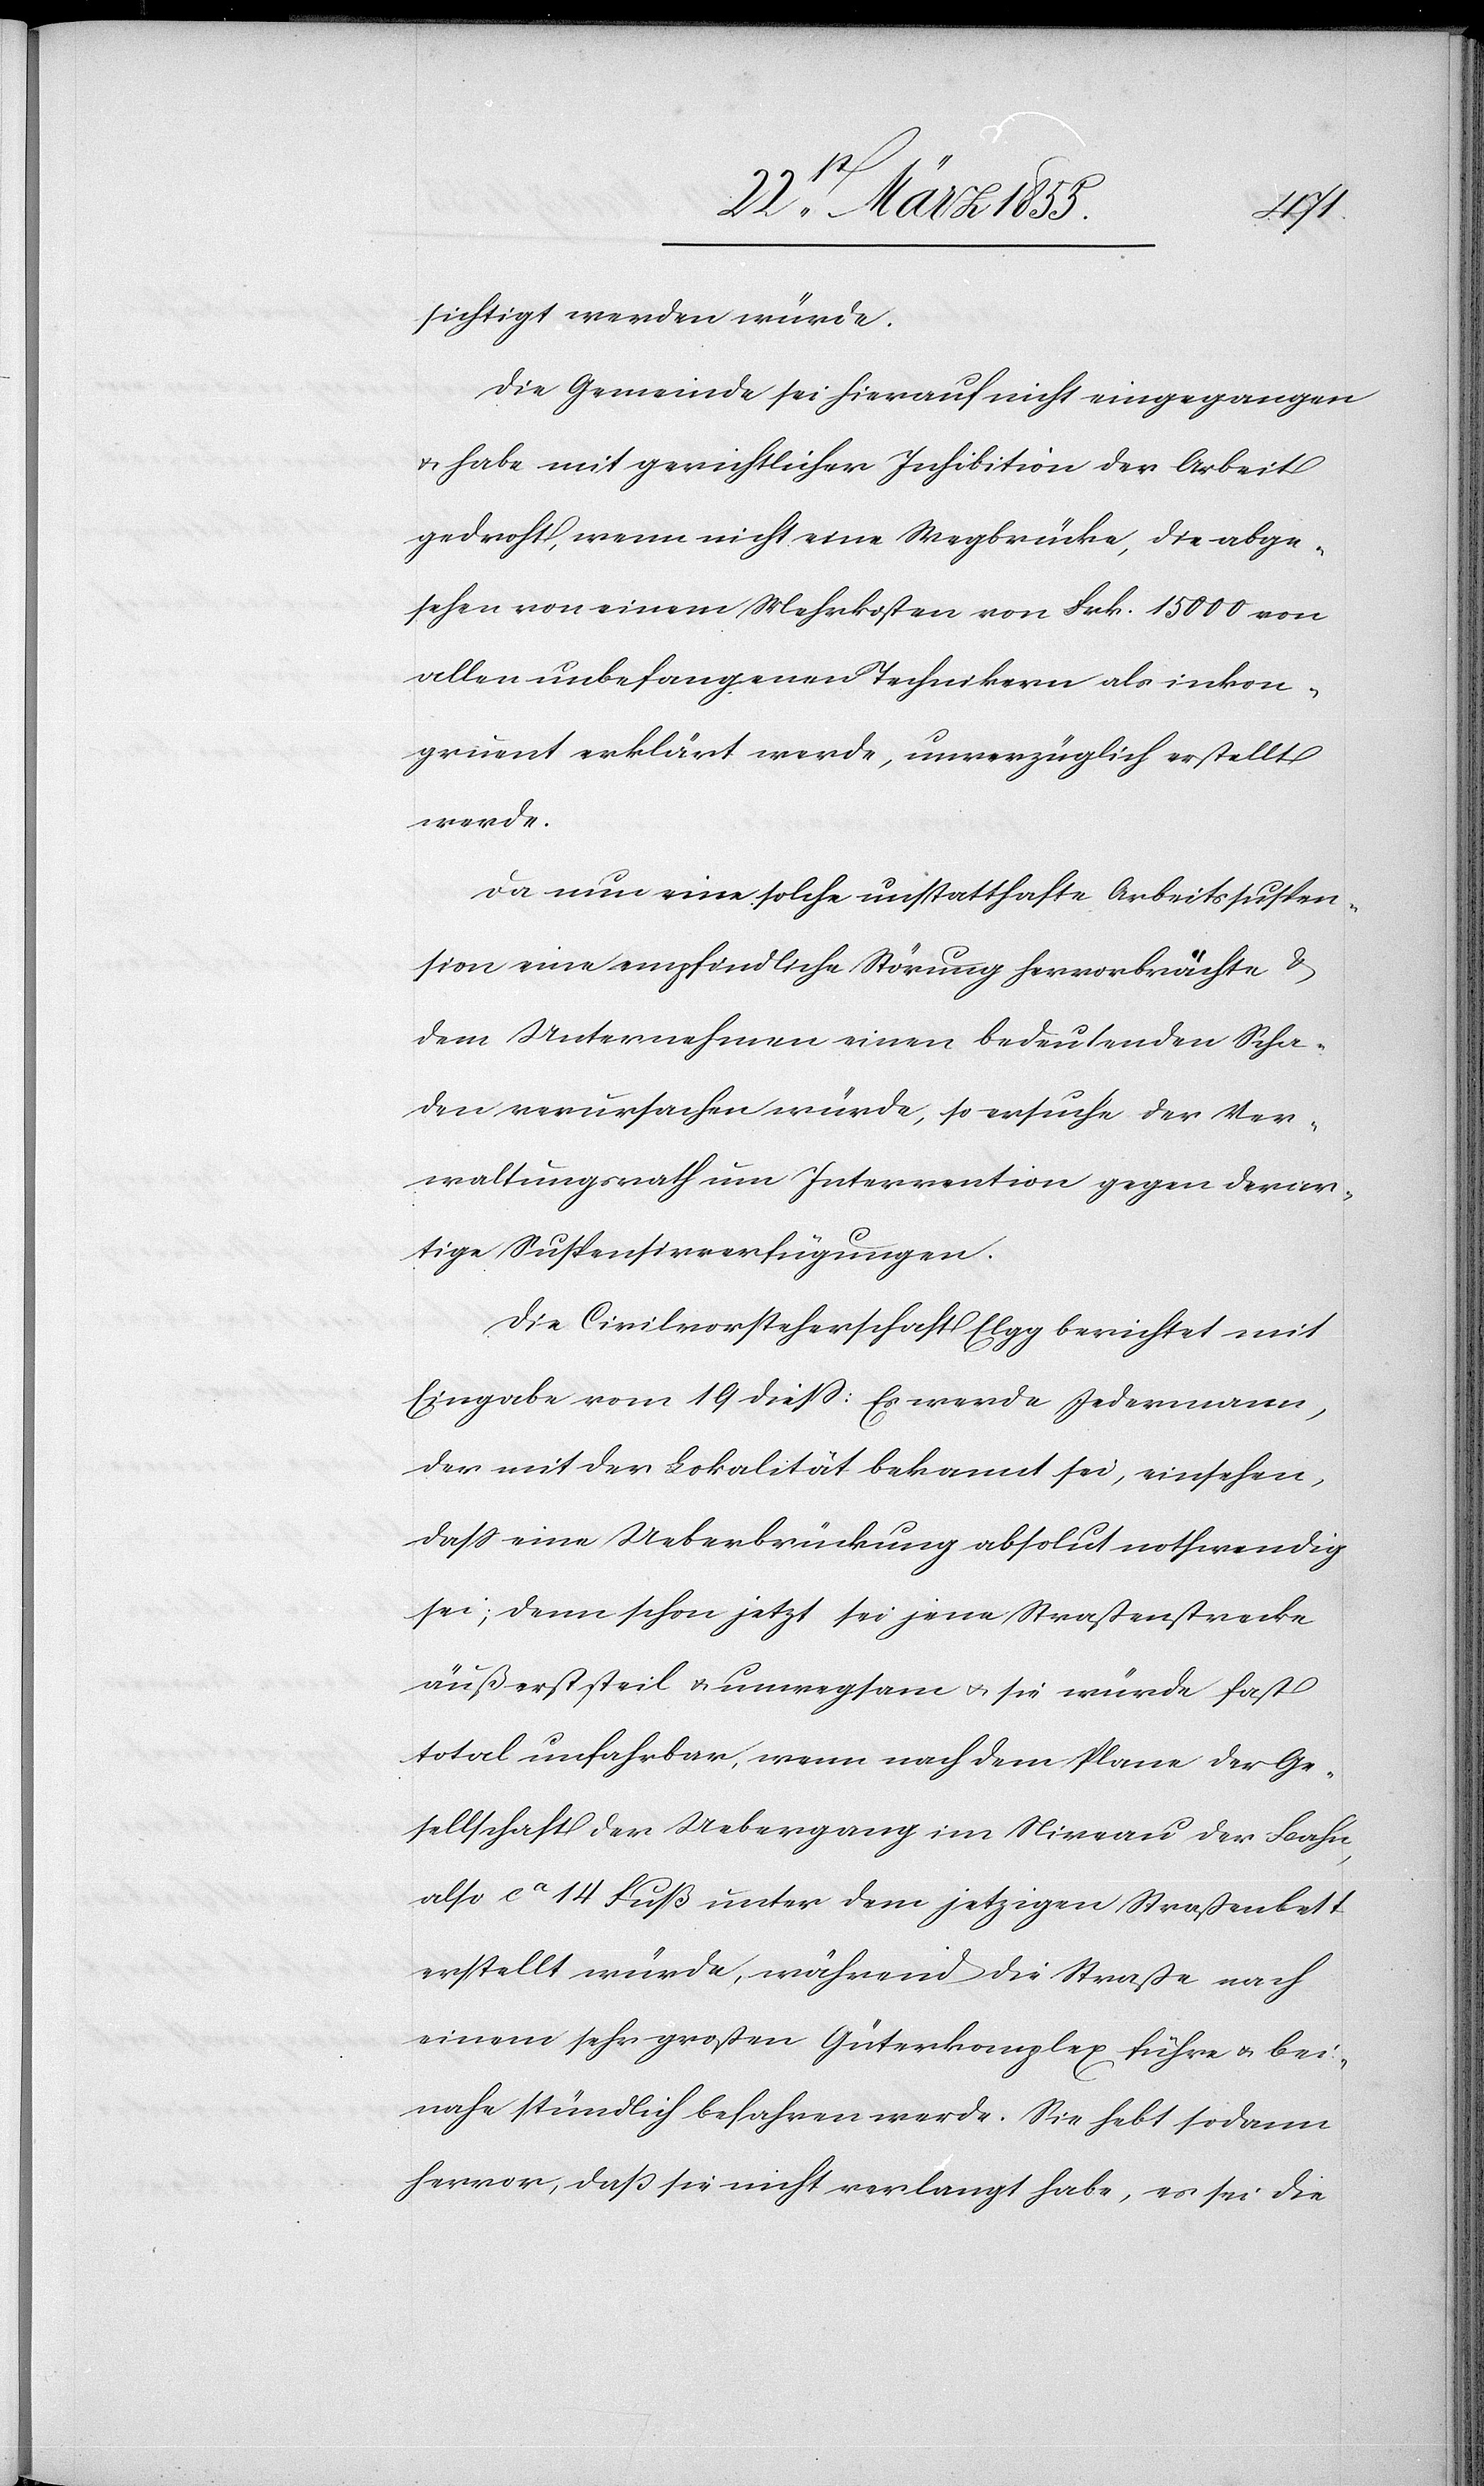
sichtigt werden würde.
Die Gemeinde sei hierauf nicht eingegangen
& habe mit gerichtlicher Inhibition der Arbeit
gedroht, wenn nicht eine Wegbrücke, die abge¬
sehen von einem Mehrkosten von Frk. 15 000 von
allen unbefangenen Technikern als inkon¬
gruent erklärt werde, unverzüglich erstellt
werde.
Da nun eine solche unstatthafte Arbeitssuspen¬
sion eine empfindliche Störung hervorbrächte &
dem Unternehmen einen bedeutenden Scha¬
den verursachen würde, so ersuche der Ver¬
waltungsrath um Intervention gegen derar¬
tige Suspensivverfügungen.
Die Civilvorsteherschaft Elgg berichtet mit
Eingabe vom 19 diess: Es werde Jedermann,
der mit der Lokalität bekannt sei, einsehen,
dass eine Ueberbrückung absolut nothwendig
sei; denn schon jetzt sei jene Straßenstrecke
äußerst steil & unwegsam & sie würde fast
total unfahrbar, wenn nach dem Plane der Ge¬
sellschaft der Uebergang im Niveau der Bahn,
also ca 14 Fuß unter dem jetzigen Straßenbett
erstellt würde, während die Straße nach
einem sehr großen Güterkomplex führe & bei¬
nahe stündlich befahren werde. Sie hebt sodann
hervor, daß sie nicht verlangt habe, es sei die